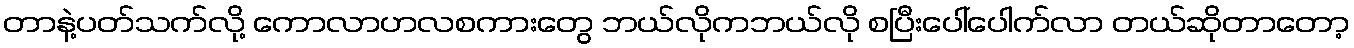
တာနဲ့ပတ်သက်လို့ ကောလာဟလစကားတွေ ဘယ်လိုကဘယ်လို စပြီးပေါ်ပေါက်လာ တယ်ဆိုတာတော့